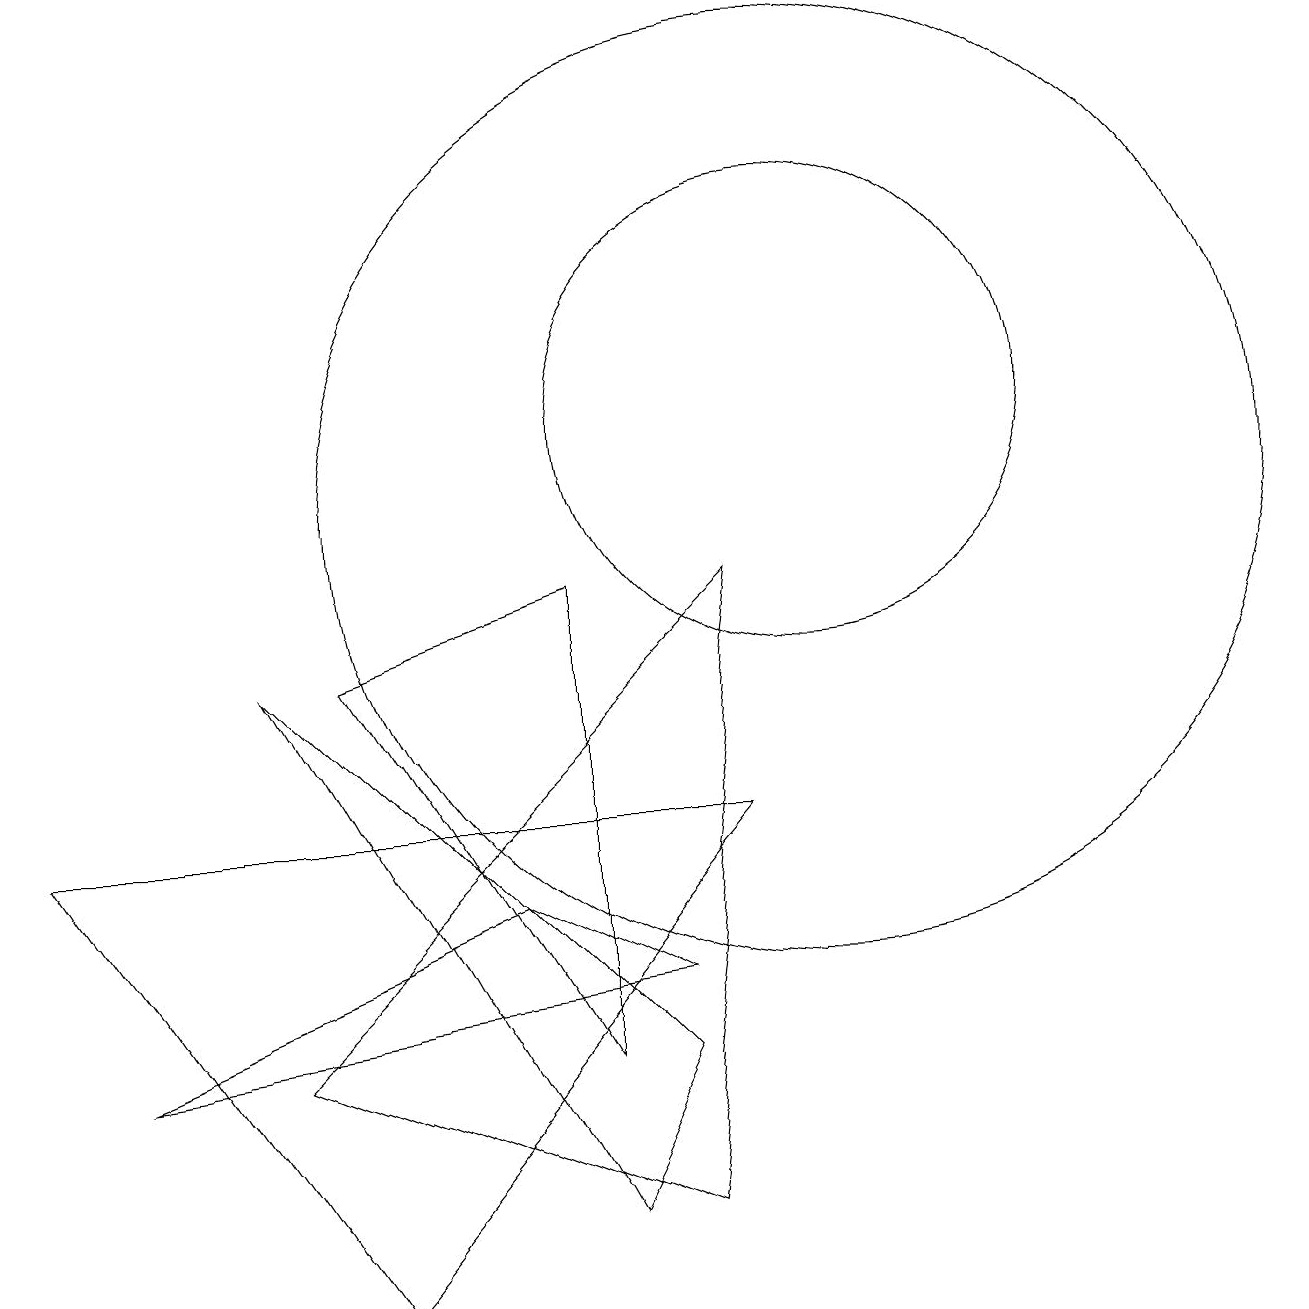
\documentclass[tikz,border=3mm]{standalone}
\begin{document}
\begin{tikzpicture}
\draw (9,9) -- (3,3) -- (8,1) -- cycle;
\draw (3,8) -- (8,3) -- (7,1) -- cycle;
\draw (4,8) -- (7,3) -- (7,9) -- cycle;
\draw (6,5) -- (1,3) -- (8,4) -- cycle;
\draw (10,11) circle (3);
\draw (4,0) -- (9,6) -- (0,6) -- cycle;
\draw (10,10) circle (6);
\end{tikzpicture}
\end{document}